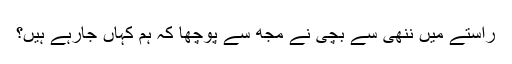
راستے میں ننھی سے بچی نے مجھ سے پوچھا کہ ہم کہاں جارہے ہیں؟